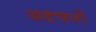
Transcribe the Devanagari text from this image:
अडचनों